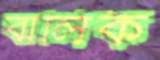
বালিক